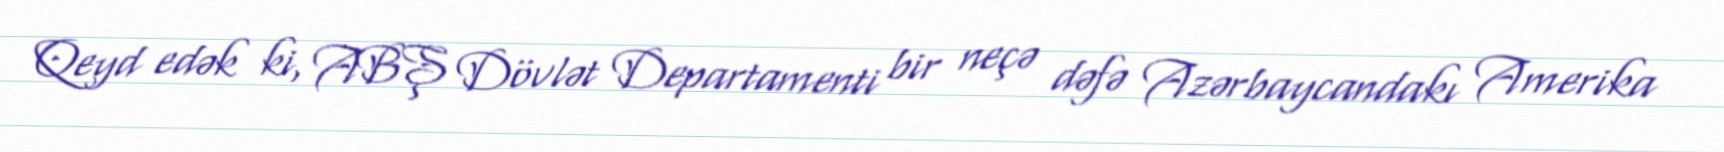
Qeyd edək ki, ABŞ Dövlət Departamenti bir neçə dəfə Azərbaycandakı Amerika